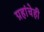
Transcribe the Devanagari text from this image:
ग्रहांचेही